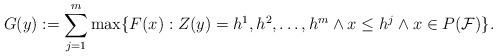
LaTeX: \begin{align*} G(y) := \sum_{j=1}^m \max\{F(x): Z(y) = h^1, h^2, \ldots, h^m \land x \leq h^j \land x \in P(\mathcal{F}) \}.\end{align*}